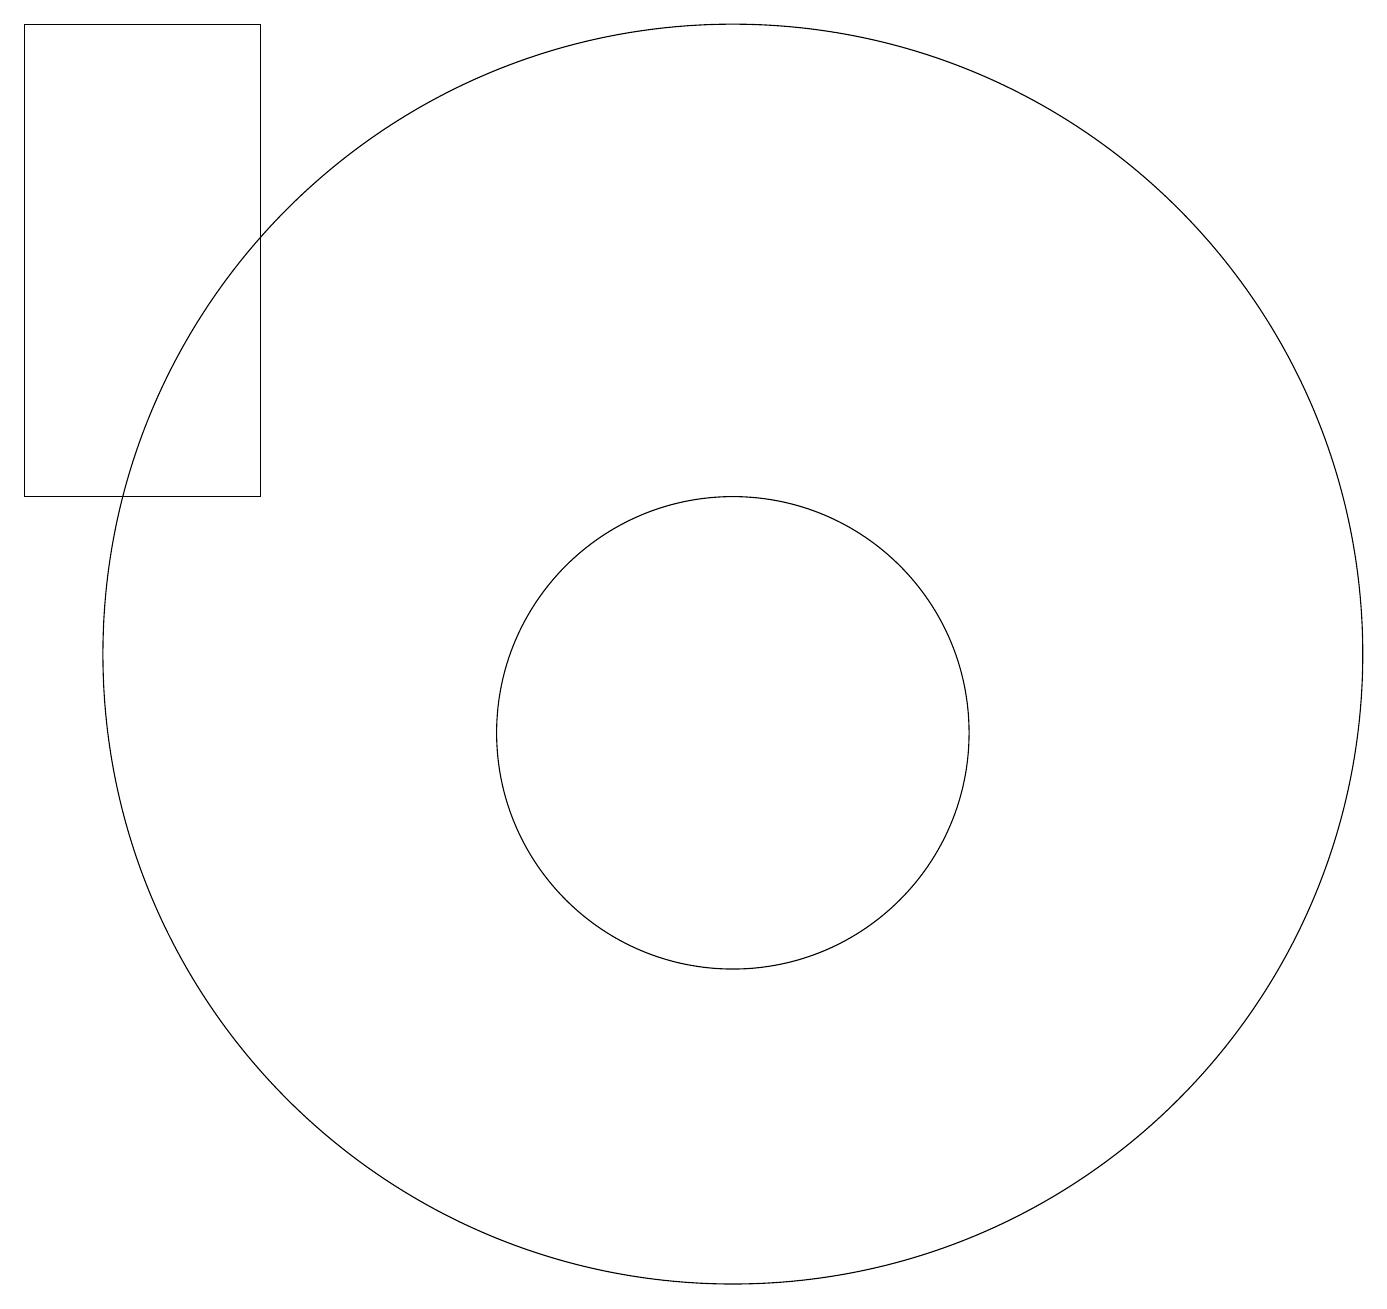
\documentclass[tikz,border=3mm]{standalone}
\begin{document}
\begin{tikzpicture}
\draw (11,10) circle (3);
\draw (5,19) rectangle (2,13);
\draw (11,11) circle (8);
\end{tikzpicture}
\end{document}